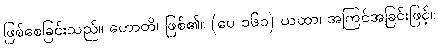
ဖြစ်စေခြင်းသည်။ ဟောတိ၊ ဖြစ်၏။ (ပေ ၁၆၁) ယထာ၊ အကြင်အခြင်းဖြင့်။